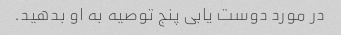
در مورد دوست یابی پنج توصیه به او بدهید.